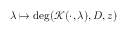
\lambda \mapsto \deg ( \mathcal { K } ( \cdot , \lambda ) , D , z )